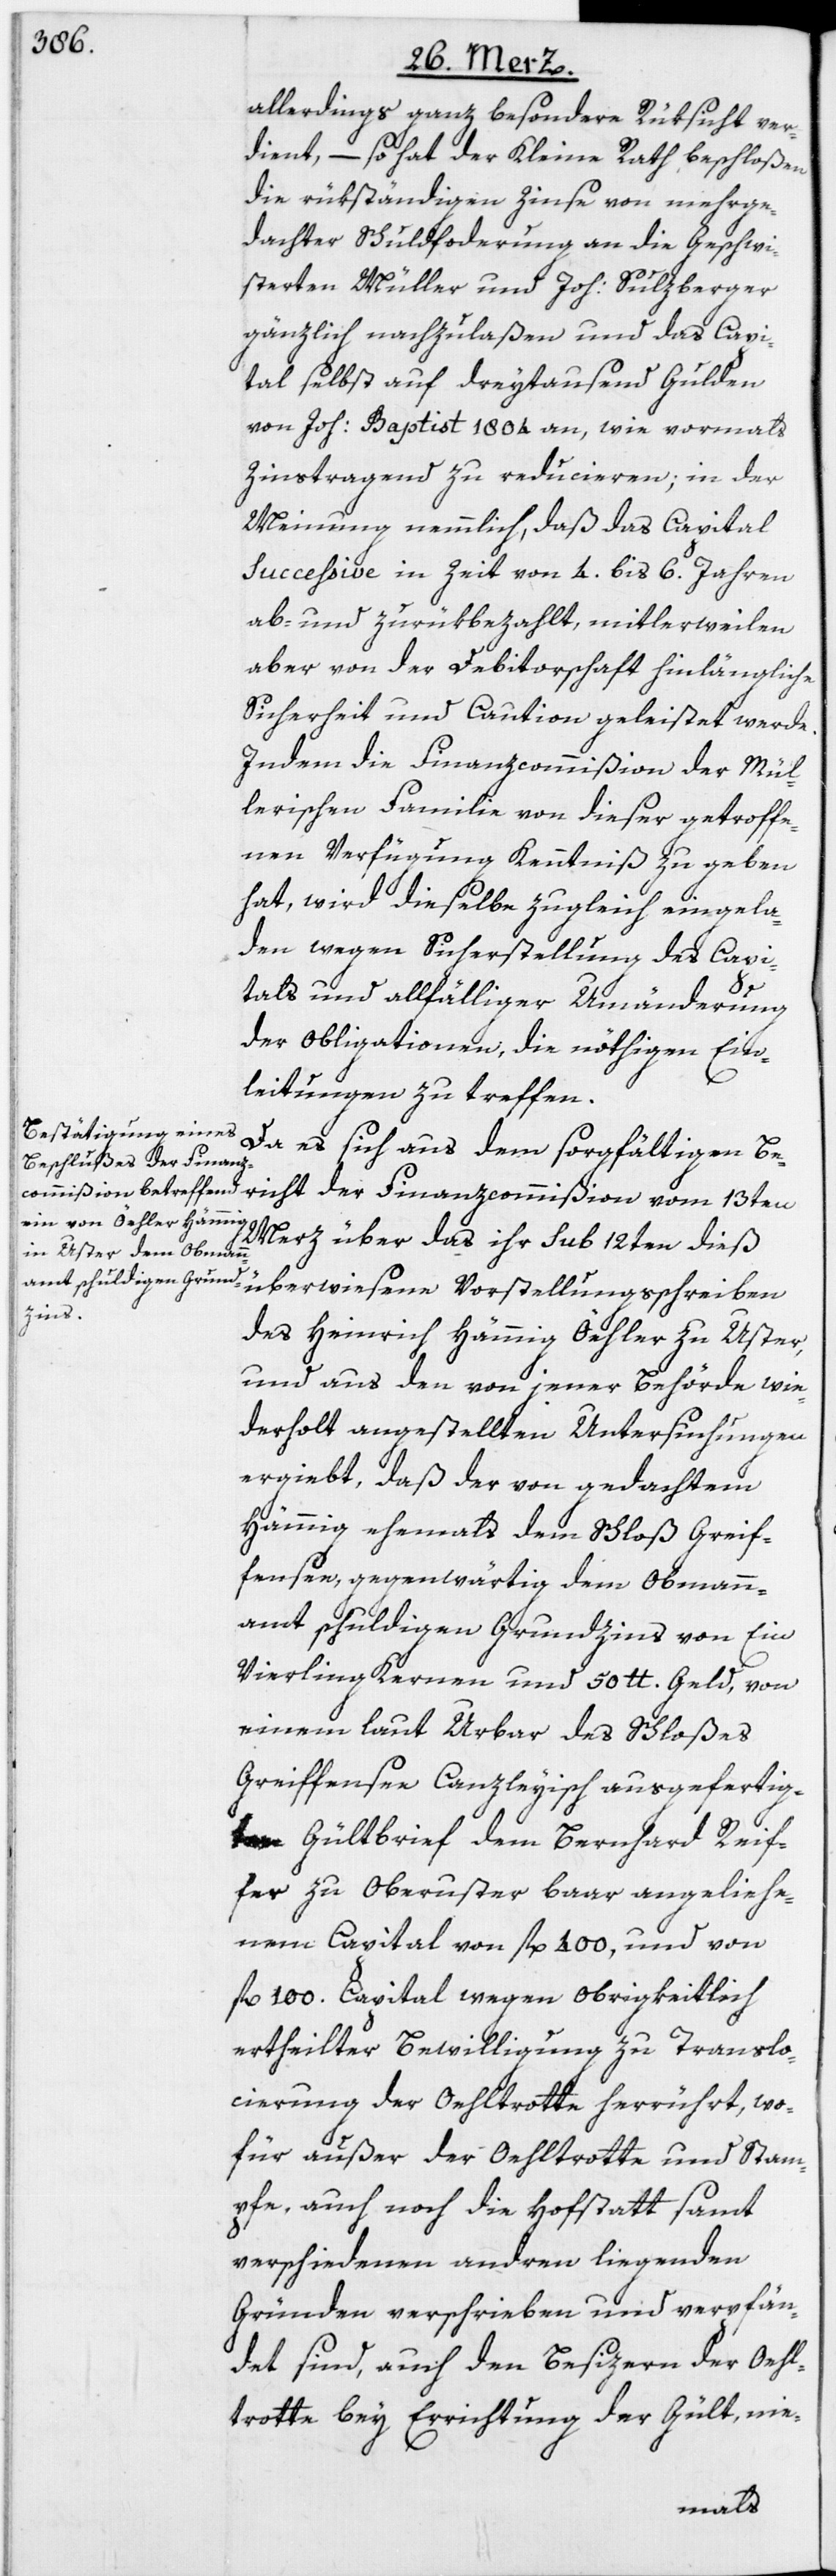
allerdings ganz besondere Rüksicht ver¬
dient, – so hat der Kleine Rath beschloßen
die rükständigen Zinse von mehrge¬
dachter Schuldfo[r]derung an die Geschwi¬
sterten Müller und Joh: Sulzberger
gänzlich nachzulaßen und das Capi¬
tal selbst auf dreytausend Gulden
von Joh: Baptist 1804 an, wie vormals
Zinstragend zu reducieren; in der
Meinung nemmlich, daß das Capital
Successive in Zeit von 4. bis 6. Jahren
ab- und zurükbezahlt, mitlerweilen
aber von der Debitorschaft hinlängliche
Sicherheit und Caution geleistet werde.
Indem die Finanzcommißion der Mül¬
lerischen Familie von dieser getroffe¬
nen Verfügung Kenntniß zu geben
hat, wird dieselbe zugleich eingela¬
den wegen Sicherstellung des Capi¬
tals und allfälliger Umänderung
der Obligationen, die nöthigen Ein¬
leitungen zu treffen.
Da es sich aus dem sorgfältigen Be¬
Merz über das ihr sub 12ten dieß
überwiesene Vorstellungsschreiben
richt
des Heinrich Hämmig, Öehler zu Uster,
und aus den von jener Behörde wie¬
derholt angestellten Untersuchungen
ergiebt, daß der von gedachtem
Hämmig ehemals dem Schloß Greif¬
fensee, gegenwärtig dem Obmann¬
amt schuldigen Grundzins von Ein
Vierling Kernen und 50 lb. Geld, von
einem laut Urbar des Schloßes
Greiffensee Canzleyisch ausgefertig¬
ten Gültbrief dem Bernhard Reif¬
fer zu Oberuster baar angeliehe¬
nem Capital von fl. 400, und von
fl. 100. Capital wegen Obrigkeitlich
ertheilter Bewilligung zu Translo¬
cierung der Oehltrotte herrührt, wo¬
für außer der Oehltrotte und Stam¬
pfe, auch noch die Hofstatt samt
verschiedenen andren liegenden
Gründen verschrieben und verpfän¬
det sind, auch den Besizern der Oehl¬
trotte bey Errichtung der Gült, nie-